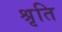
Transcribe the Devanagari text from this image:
श्रृति